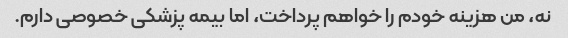
نه، من هزینه خودم را خواهم پرداخت، اما بیمه پزشکی خصوصی دارم.